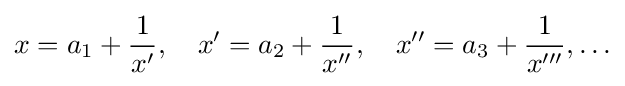
x=a_{1}+{\frac {1}{x'}},\quad x'=a_{2}+{\frac {1}{x''}},\quad x''=a_{3}+{\frac {1}{x'''}},\ldots